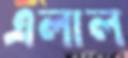
এলাল